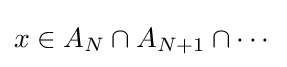
x\in A_{N}\cap A_{N+1}\cap \cdots